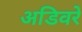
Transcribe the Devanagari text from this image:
अडिवरे